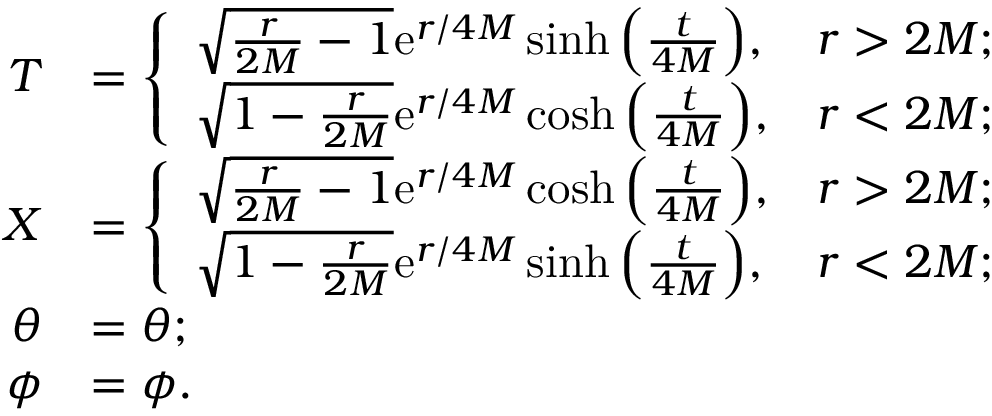
\begin{array} { r l } { T } & { = \left\{ \begin{array} { l l } { \sqrt { \frac { r } { 2 M } - 1 } \mathrm { e } ^ { r / 4 M } \sinh \Big ( \frac { t } { 4 M } \Big ) , } & { r > 2 M ; } \\ { \sqrt { 1 - \frac { r } { 2 M } } \mathrm { e } ^ { r / 4 M } \cosh \Big ( \frac { t } { 4 M } \Big ) , } & { r < 2 M ; } \end{array} \right. } \\ { X } & { = \left\{ \begin{array} { l l } { \sqrt { \frac { r } { 2 M } - 1 } \mathrm { e } ^ { r / 4 M } \cosh \Big ( \frac { t } { 4 M } \Big ) , } & { r > 2 M ; } \\ { \sqrt { 1 - \frac { r } { 2 M } } \mathrm { e } ^ { r / 4 M } \sinh \Big ( \frac { t } { 4 M } \Big ) , } & { r < 2 M ; } \end{array} \right. } \\ { \theta } & { = \theta ; } \\ { \phi } & { = \phi . } \end{array}